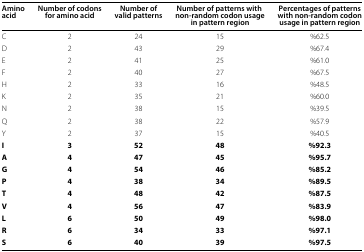
| Amino acid | Number of codons for amino acid | Number of valid patterns | Number of patterns with non-random codon usage in pattern region | Percentages of patterns with non-random codon usage in pattern region |
 | --- | --- | --- | --- | --- |
 | C | 2 | 24 | 15 | %62.5 |
 | D | 2 | 43 | 29 | %67.4 |
 | E | 2 | 41 | 25 | %61.0 |
 | F | 2 | 40 | 27 | %67.5 |
 | H | 2 | 33 | 16 | %48.5 |
 | K | 2 | 35 | 21 | %60.0 |
 | N | 2 | 38 | 15 | %39.5 |
 | Q | 2 | 38 | 22 | %57.9 |
 | Y | 2 | 37 | 15 | %40.5 |
 | I | 3 | 52 | 48 | %92.3 |
 | A | 4 | 47 | 45 | %95.7 |
 | G | 4 | 54 | 46 | %85.2 |
 | P | 4 | 38 | 34 | %89.5 |
 | T | 4 | 48 | 42 | %87.5 |
 | V | 4 | 56 | 47 | %83.9 |
 | L | 6 | 50 | 49 | %98.0 |
 | R | 6 | 34 | 33 | %97.1 |
 | S | 6 | 40 | 39 | %97.5 |